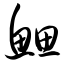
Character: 鳃